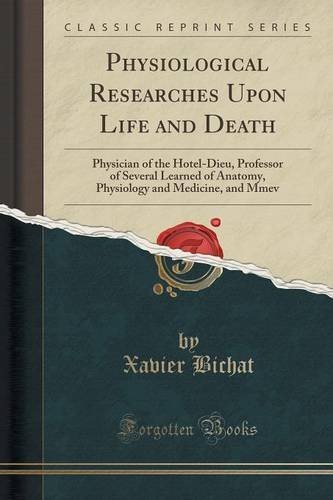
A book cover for Physiological Researches Upon Life and Death: Physician of the Hotel-Dieu, Professor of Several Learned of Anatomy, Physiology and Medicine, and Mmev (Classic Reprint); Xavier Bichat; Medical Books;